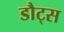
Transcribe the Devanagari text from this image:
डौट्स